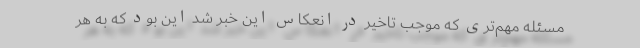
مسئله مهم‌تری که موجب تاخیر در انعکاس این خبر شد این بود که به هر